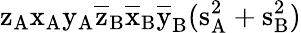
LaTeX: \mathrm{z_{A}\mathrm{x_{A}\mathrm{y_{A}\mathrm{\overline{{z}}_{B}\mathrm{\overline{{x}}_{B}\mathrm{\overline{{y}}_{B}(\mathrm{s_{A}^{2}+\mathrm{s_{B}^{2})}}}}}}}}